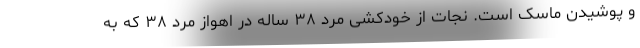
و پوشیدن ماسک است. نجات از خودکشی مرد ۳۸ ساله در اهواز مرد ۳۸ که به